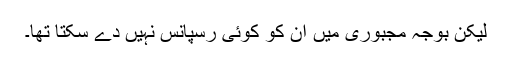
لیکن بوجہ مجبوری میں ان کو کوئی رسپانس نہیں دے سکتا تھا۔